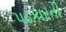
પડકારતી